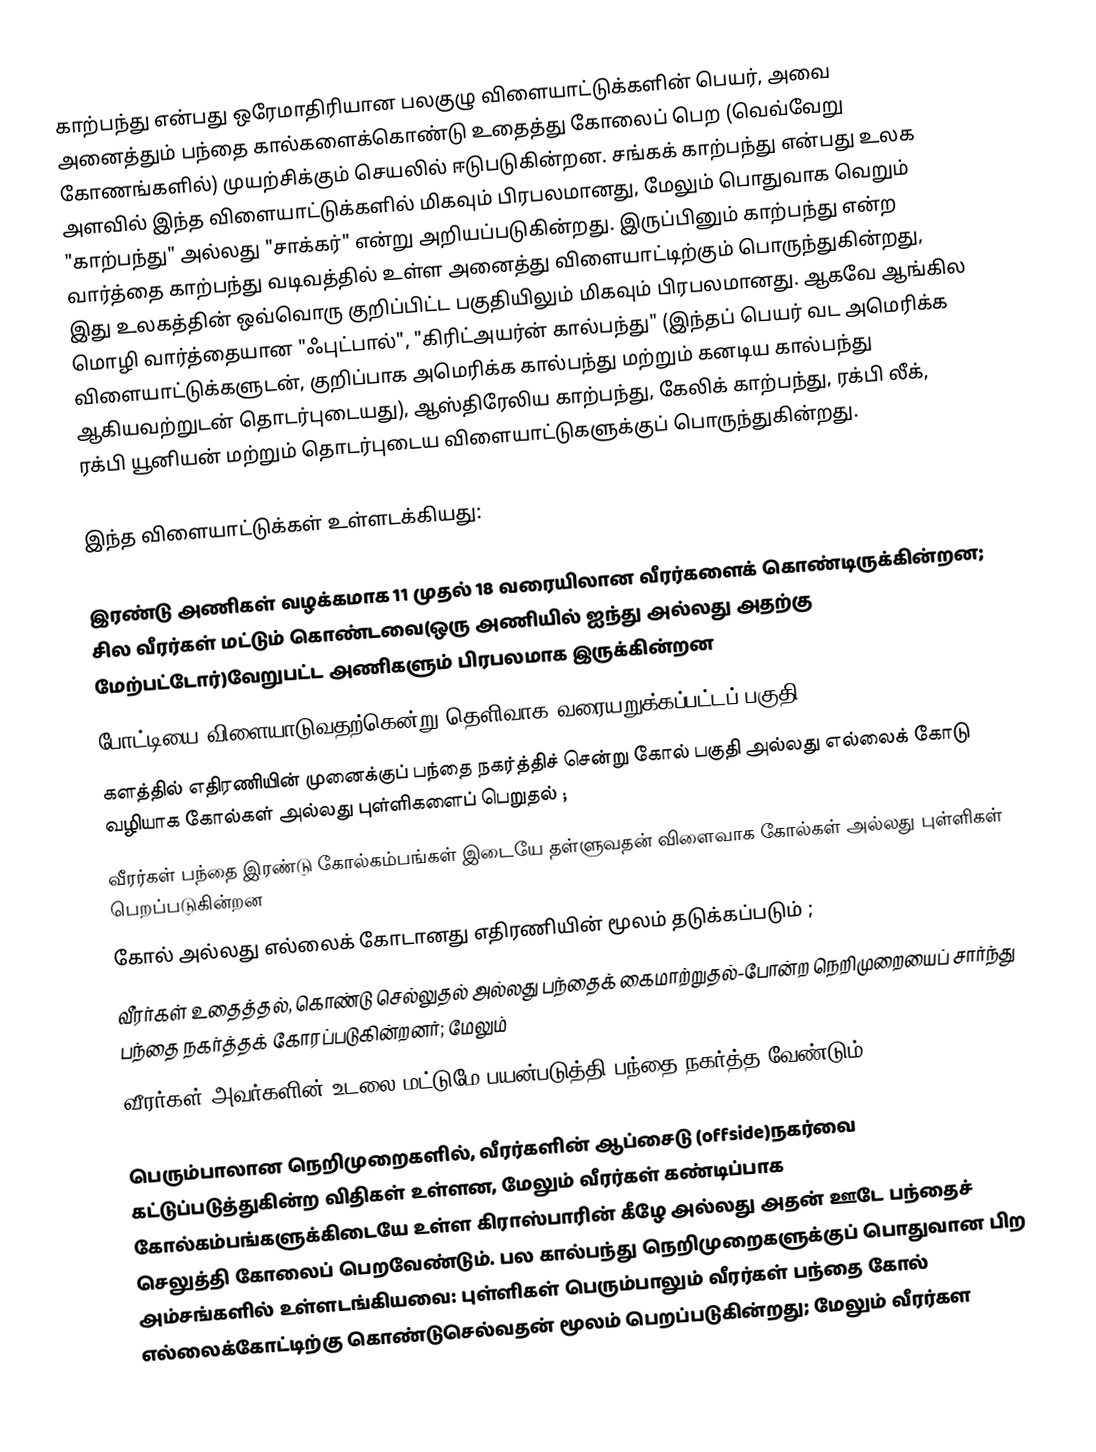
காற்பந்து என்பது ஒரேமாதிரியான பலகுழு விளையாட்டுக்களின் பெயர், அவை அனைத்தும் பந்தை கால்களைக்கொண்டு உதைத்து கோலைப் பெற (வெவ்வேறு கோணங்களில்) முயற்சிக்கும் செயலில் ஈடுபடுகின்றன. சங்கக் காற்பந்து என்பது உலக அளவில் இந்த விளையாட்டுக்களில் மிகவும் பிரபலமானது, மேலும் பொதுவாக வெறும் "காற்பந்து" அல்லது "சாக்கர்" என்று அறியப்படுகின்றது. இருப்பினும் காற்பந்து என்ற வார்த்தை காற்பந்து வடிவத்தில் உள்ள அனைத்து விளையாட்டிற்கும் பொருந்துகின்றது, இது உலகத்தின் ஒவ்வொரு குறிப்பிட்ட பகுதியிலும் மிகவும் பிரபலமானது. ஆகவே ஆங்கில மொழி வார்த்தையான "ஃபுட்பால்", "கிரிட்அயர்ன் கால்பந்து" (இந்தப் பெயர் வட அமெரிக்க விளையாட்டுக்களுடன், குறிப்பாக அமெரிக்க கால்பந்து மற்றும் கனடிய கால்பந்து ஆகியவற்றுடன் தொடர்புடையது), ஆஸ்திரேலிய காற்பந்து, கேலிக் காற்பந்து, ரக்பி லீக், ரக்பி யூனியன் மற்றும் தொடர்புடைய விளையாட்டுகளுக்குப் பொருந்துகின்றது.

இந்த விளையாட்டுக்கள் உள்ளடக்கியது:

 இரண்டு அணிகள் வழக்கமாக 11 முதல் 18 வரையிலான வீரர்களைக் கொண்டிருக்கின்றன; சில வீரர்கள் மட்டும் கொண்டவை(ஒரு அணியில் ஐந்து அல்லது அதற்கு மேற்பட்டோர்)வேறுபட்ட அணிகளும் பிரபலமாக இருக்கின்றன
 போட்டியை விளையாடுவதற்கென்று தெளிவாக வரையறுக்கப்பட்டப் பகுதி;
 களத்தில் எதிரணியின் முனைக்குப் பந்தை நகர்த்திச் சென்று கோல் பகுதி அல்லது எல்லைக் கோடு வழியாக கோல்கள் அல்லது புள்ளிகளைப் பெறுதல் ;
 வீரர்கள் பந்தை இரண்டு கோல்கம்பங்கள் இடையே தள்ளுவதன் விளைவாக கோல்கள் அல்லது புள்ளிகள் பெறப்படுகின்றன
 கோல் அல்லது எல்லைக் கோடானது எதிரணியின் மூலம் தடுக்கப்படும் ;
 வீரர்கள் உதைத்தல், கொண்டு செல்லுதல் அல்லது பந்தைக் கைமாற்றுதல்-போன்ற நெறிமுறையைப் சார்ந்து பந்தை நகர்த்தக் கோரப்படுகின்றனர்; மேலும்
 வீரர்கள் அவர்களின் உடலை மட்டுமே பயன்படுத்தி பந்தை நகர்த்த வேண்டும்.

பெரும்பாலான நெறிமுறைகளில், வீரர்களின் ஆப்சைடு (offside)நகர்வை கட்டுப்படுத்துகின்ற விதிகள் உள்ளன, மேலும் வீரர்கள் கண்டிப்பாக கோல்கம்பங்களுக்கிடையே உள்ள கிராஸ்பாரின் கீழே அல்லது அதன் ஊடே பந்தைச் செலுத்தி கோலைப் பெறவேண்டும். பல கால்பந்து நெறிமுறைகளுக்குப் பொதுவான பிற அம்சங்களில் உள்ளடங்கியவை: புள்ளிகள் பெரும்பாலும் வீரர்கள் பந்தை கோல் எல்லைக்கோட்டிற்கு கொண்டுசெல்வதன் மூலம் பெறப்படுகின்றது; மேலும் வீரர்கள